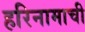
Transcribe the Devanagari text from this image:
हरिनामाची